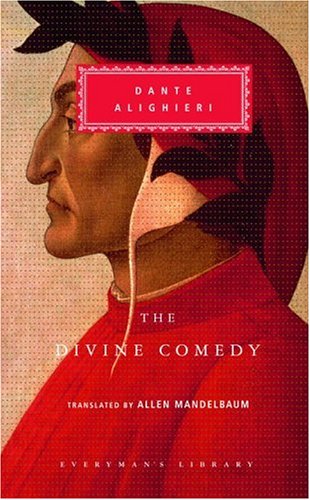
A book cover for The Divine Comedy: Inferno; Purgatorio; Paradiso (Everyman's Library); Dante Alighieri; Literature & Fiction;